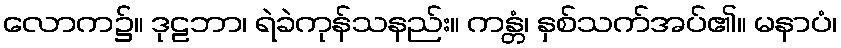
လောက၌။ ဒုဠဘာ၊ ရဲခဲကုန်သနည်း။ ကန္တံ၊ နှစ်သက်အပ်၏။ မနာပံ၊